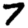
Digit: 7